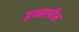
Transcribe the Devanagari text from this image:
इक्सचेंज